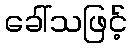
ခေါ်သဖြင့်